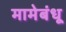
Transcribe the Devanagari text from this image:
मामेबंधू